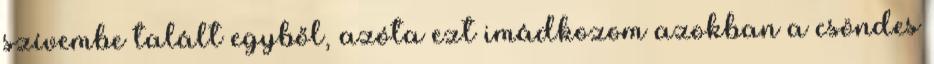
szívembe talált egyből, azóta ezt imádkozom azokban a csöndes